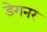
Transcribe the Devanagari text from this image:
डेगनर